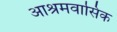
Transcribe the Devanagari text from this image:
आश्रमवासिक